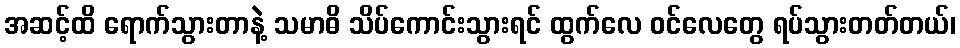
အဆင့်ထိ ရောက်သွားတာနဲ့ သမာဓိ သိပ်ကောင်းသွားရင် ထွက်လေ ဝင်လေတွေ ရပ်သွားတတ်တယ်၊